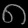
Digit: ၈